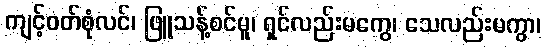
ကျင့်ဝတ်စုံလင်၊ ဖြူသန့်စင်မူ၊ ရှင်လည်းမကွေ၊ သေလည်းမကွာ၊